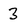
Character: 3